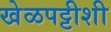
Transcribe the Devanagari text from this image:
खेळपट्टीशी